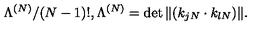
\Lambda ^ { ( N ) } / ( N - 1 ) ! , \Lambda ^ { ( N ) } = \det \| ( k _ { j N } \cdot k _ { l N } ) \| .